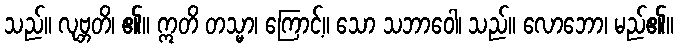
သည်။ လုဗ္ဘတိ၊ ၏။ ဣတိ တသ္မာ၊ ကြောင့်။ သော သဘာဝေါ၊ သည်။ လောဘော၊ မည်၏။